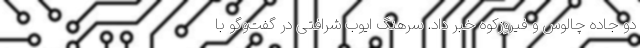
دو جاده چالوس و فیروزکوه خبر داد. سرهنگ ایوب شرافتی در گفت‌وگو با